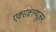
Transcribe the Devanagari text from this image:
एक्सक्ल्यूज़न